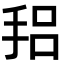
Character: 𫼴